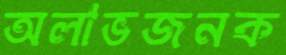
অলাভজনক